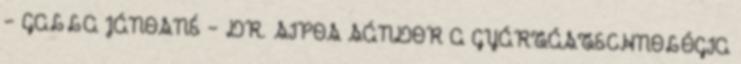
– GALLA JÁNOSNÉ – DR. SIPOS SÁNDOR A GYÁRTÁSTECHNOLÓGIA